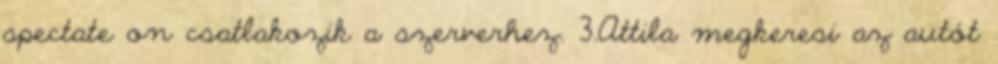
spectate on csatlakozik a szerverhez. 3.Attila megkeresi az autót